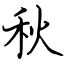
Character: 秋